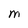
Character: M